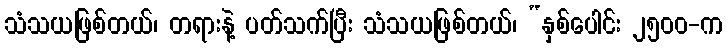
သံသယဖြစ်တယ်၊ တရားနဲ့ ပတ်သက်ပြီး သံသယဖြစ်တယ်၊ “နှစ်ပေါင်း ၂၅၀၀-က